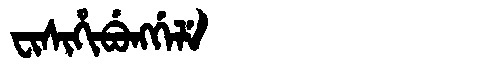
Manchu: ᠸᡳᠰᡳᡥᡳᠪᡠᠩᡤᡝᠯᡝ
Romanization: FISIHIBUNGGELE